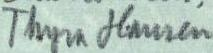
Thyra Hansén